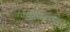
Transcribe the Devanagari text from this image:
आदितारा